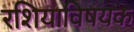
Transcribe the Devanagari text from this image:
रशियाविषयक